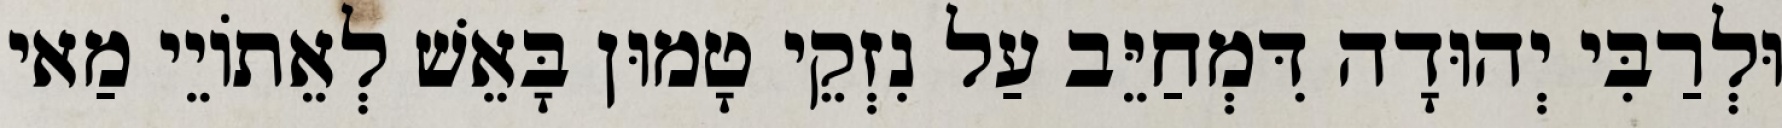
וּלְרַבִּי יְהוּדָה דִּמְחַיֵּב עַל נִזְקֵי טָמוּן בָּאֵשׁ לְאֵתוֹיֵי מַאי